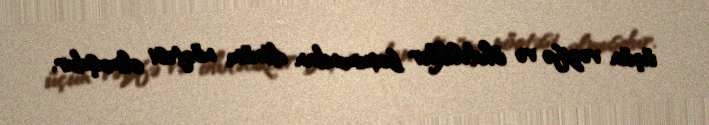
üçün vəzifə və öhdəliklər baxımından dönüm nöqtəsi olmuşdur.